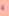
لا